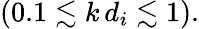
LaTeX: (0.1\lesssim k\, d_{i}\lesssim 1).